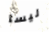
ليسا